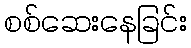
စစ်ဆေးနေခြင်း